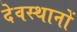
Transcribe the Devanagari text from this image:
देवस्‍थानों